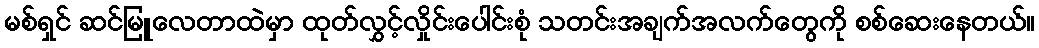
မစ်ရှင် ဆင်မြူလေတာထဲမှာ ထုတ်လွှင့်လှိုင်းပေါင်းစုံ သတင်းအချက်အလက်တွေကို စစ်ဆေးနေတယ်။